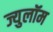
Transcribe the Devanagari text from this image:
ज्युलॉम